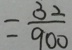
= \frac { 3 2 } { 9 0 0 }